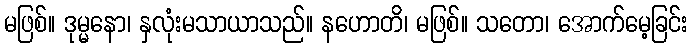
မဖြစ်။ ဒုမ္မနော၊ နှလုံးမသာယာသည်။ နဟောတိ၊ မဖြစ်။ သတော၊ အောက်မေ့ခြင်း